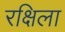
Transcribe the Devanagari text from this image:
रक्षिला